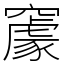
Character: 䆽